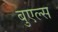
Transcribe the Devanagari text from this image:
बुएल्स